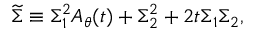
{ \widetilde \Sigma } \equiv \Sigma _ { 1 } ^ { 2 } A _ { \theta } ( t ) + \Sigma _ { 2 } ^ { 2 } + 2 t \Sigma _ { 1 } \Sigma _ { 2 } ,